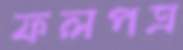
ফলপত্র